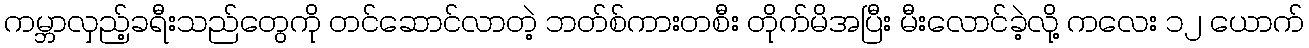
ကမ္ဘာလှည့်ခရီးသည်တွေကို တင်ဆောင်လာတဲ့ ဘတ်စ်ကားတစီး တိုက်မိအပြီး မီးလောင်ခဲ့လို့ ကလေး ၁၂ ယောက်